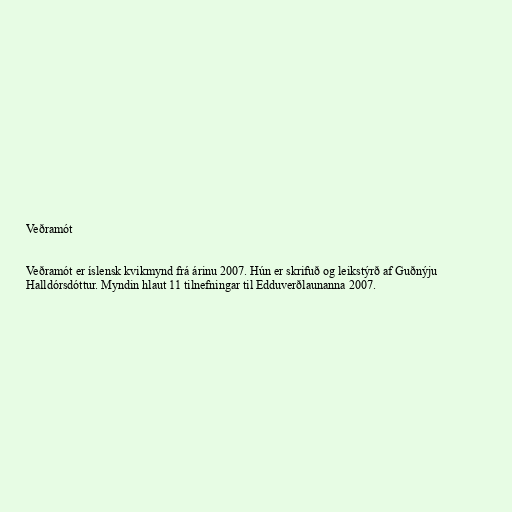
Veðramót

Veðramót er íslensk kvikmynd frá árinu 2007. Hún er skrifuð og leikstýrð af Guðnýju
Halldórsdóttur. Myndin hlaut 11 tilnefningar til Edduverðlaunanna 2007.